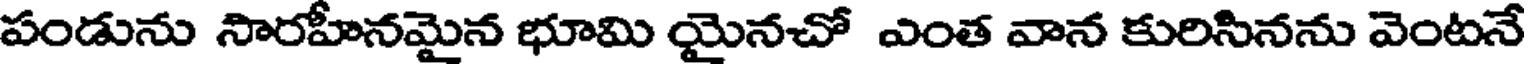
పండును సారహీనమైన భూమి యైనచో ఎంత వాన కురిసినను వెంటనే